Indian journal of veterinary science and animal husbandry - Volume 8,
Year: 1938
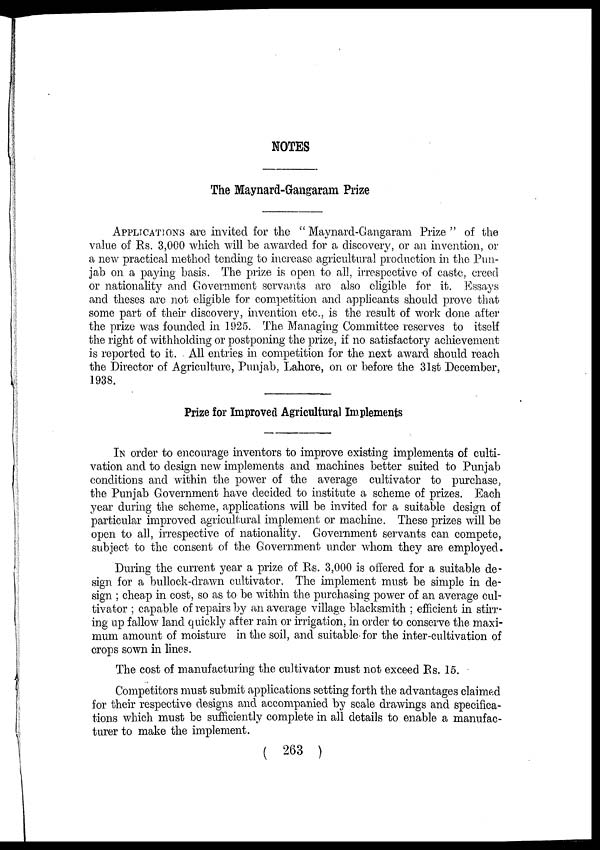
NOTES
The Maynard-Gangaram Prize
APPLICATIONS are invited for the " Maynard-Gangaram Prize " of the
value of Rs. 3,000 which will be awarded for a discovery, or an invention, or
a new practical method tending to increase agricultural production in the Pun-
jab on a paying basis. The prize is open to all, irrespective of caste, creed
or nationality and Government servants are also eligible for it. Essays
and theses are not eligible for competition and applicants should prove that
some part of their discovery, invention etc., is the result of work done after
the prize was founded in 1925. The Managing Committee reserves to itself
the right of withholding or postponing the prize, if no satisfactory achievement
is reported to it. All entries in competition for the next award should reach
the Director of Agriculture, Punjab, Lahore, on or before the 31st December,
1938.
Prize for Improved Agricultural Implements
IN order to encourage inventors to improve existing implements of culti-
vation and to design new implements and machines better suited to Punjab
conditions and within the power of the average cultivator to purchase,
the Punjab Government have decided to institute a scheme of prizes. Each
year during the scheme, applications will be invited for a suitable design of
particular improved agricultural implement or machine. These prizes will be
open to all, irrespective of nationality. Government servants can compete,
subject to the consent of the Government under whom they are employed.
During the current year a prize of Rs. 3,000 is offered for a suitable de-
sign for a bullock-drawn cultivator. The implement must be simple in de-
sign ; cheap in cost, so as to be within the purchasing power of an average cul-
tivator ; capable of repairs by an average village blacksmith ; efficient in stirr-
ing up fallow land quickly after rain or irrigation, in order to conserve the maxi-
mum amount of moisture in the soil, and suitable- for the inter-cultivation of
crops sown in lines.
The cost of manufacturing the cultivator must not exceed Rs. 15.
Competitors must submit applications setting forth the advantages claimed
for their respective designs and accompanied by scale drawings and specifica-
tions which must be sufficiently complete in all details to enable a manufac-
turer to make the implement.
( 263 )